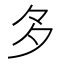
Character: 𭐴